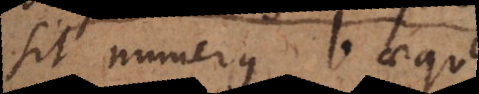
sit numerus b aequ.